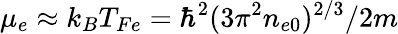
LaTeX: \mu_{e}\approx k_{B}T_{Fe}=\hbar^{2}(3\pi^{2}n_{e0})^{2/3}/2m